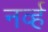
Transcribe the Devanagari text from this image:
नर्व्ह